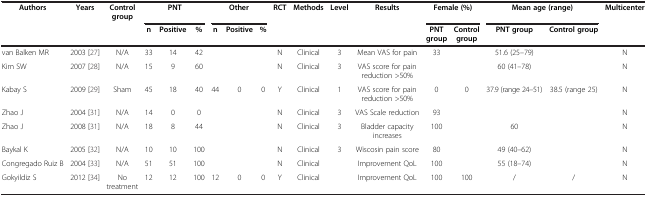
<table><thead><tr><td><b>Authors</b></td><td><b>Years</b></td><td><b>Control group</b></td><td colspan="3"><b>PNT</b></td><td colspan="3"><b>Other</b></td><td><b>RCT</b></td><td><b>Methods</b></td><td><b>Level</b></td><td><b>Results</b></td><td colspan="2"><b>Female (%)</b></td><td colspan="2"><b>Mean age (range)</b></td><td><b>Multicenter</b></td></tr><tr><td><b> </b></td><td><b> </b></td><td><b> </b></td><td><b>n</b></td><td><b>Positive</b></td><td><b>%</b></td><td><b>n</b></td><td><b>Positive</b></td><td><b>%</b></td><td><b> </b></td><td><b> </b></td><td><b> </b></td><td><b> </b></td><td><b>PNT group</b></td><td><b>Control group</b></td><td><b>PNT group</b></td><td><b>Control group</b></td><td><b> </b></td></tr></thead><tbody><tr><td>van Balken MR</td><td>2003 [27]</td><td>N/A</td><td>33</td><td>14</td><td>42</td><td> </td><td> </td><td> </td><td>N</td><td>Clinical</td><td>3</td><td>Mean VAS for pain</td><td>33</td><td> </td><td>51.6 (25–79)</td><td> </td><td>N</td></tr><tr><td>Kim SW</td><td>2007 [28]</td><td>N/A</td><td>15</td><td>9</td><td>60</td><td> </td><td> </td><td> </td><td>N</td><td>Clinical</td><td>3</td><td>VAS score for pain reduction &gt;50%</td><td> </td><td> </td><td>60 (41–78)</td><td> </td><td>N</td></tr><tr><td>Kabay S</td><td>2009 [29]</td><td>Sham</td><td>45</td><td>18</td><td>40</td><td>44</td><td>0</td><td>0</td><td>Y</td><td>Clinical</td><td>1</td><td>VAS score for pain reduction &gt;50%</td><td>0</td><td>0</td><td>37.9 (range 24–51)</td><td>38.5 (range 25)</td><td>N</td></tr><tr><td>Zhao J</td><td>2004 [31]</td><td>N/A</td><td>14</td><td>0</td><td>0</td><td> </td><td> </td><td> </td><td>N</td><td>Clinical</td><td>3</td><td>VAS Scale reduction</td><td>93</td><td> </td><td> </td><td> </td><td>N</td></tr><tr><td>Zhao J</td><td>2008 [31]</td><td>N/A</td><td>18</td><td>8</td><td>44</td><td> </td><td> </td><td> </td><td>N</td><td>Clinical</td><td>3</td><td>Bladder capacity increases</td><td>100</td><td> </td><td>60</td><td> </td><td>N</td></tr><tr><td>Baykal K</td><td>2005 [32]</td><td>N/A</td><td>10</td><td>10</td><td>100</td><td> </td><td> </td><td> </td><td>N</td><td>Clinical</td><td>3</td><td>Wiscosin pain score</td><td>80</td><td> </td><td>49 (40–62)</td><td> </td><td>N</td></tr><tr><td>Congregado Ruiz B</td><td>2004 [33]</td><td>N/A</td><td>51</td><td>51</td><td>100</td><td> </td><td> </td><td> </td><td>N</td><td>Clinical</td><td> </td><td>Improvement QoL</td><td>100</td><td> </td><td>55 (18–74)</td><td> </td><td>N</td></tr><tr><td>Gokyildiz S</td><td>2012 [34]</td><td>No treatment</td><td>12</td><td>12</td><td>100</td><td>12</td><td>0</td><td>0</td><td>Y</td><td>Clinical</td><td> </td><td>Improvement QoL</td><td>100</td><td>100</td><td>/</td><td>/</td><td>N</td></tr></tbody></table>